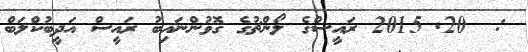
:  20